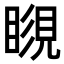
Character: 𥉨